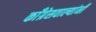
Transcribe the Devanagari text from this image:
काँग्रेसवाल्यांनी